Code of medical and sanitary regulations for the guidance of medical officers serving in the Madras Presidency - Volume II
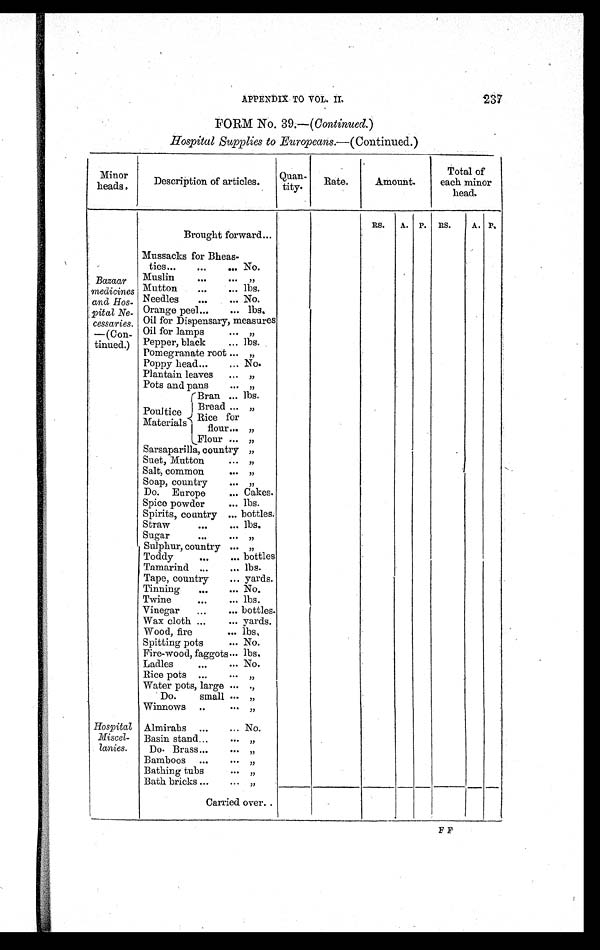
APPENDIX TO VOL. II.
237
FORM No. 39.—( Continued.)
Hospital Supplies to Europeans.—(Continued.)
Minor
heads.
Description of articles.
Quan-
tity.
Rate.
Amount.
Total of
each minor
head.
RS.
A.
P.
RS.
A. P.
Brought forward ...
Bazaar
medicines
and Hos-
pital Ne-
cessaries.
—(Con-
tinued.)
Mussacks for Bheas-
ties ...
...
... No.
Muslin
...
...
„
Mutton
...
... lbs.
Needles
...
... No.
Orange peel ...
... lbs.
Oil for Dispensary, measures
Oil for lamps
... „
Pepper, black
... lbs.
Pomegranate root ... „
Poppy head ...
... No.
Plantain leaves
... „
Pots and pans
... „
Poultice
Materials
Bran ... lbs.
Bread ... „
Rice for
flour ... „
Flour ... „
Sarsaparilla, country „
Suet, Mutton
...
„
Salt, common
... „
Soap, country
...
„
Do. Europe
... Cakes.
Spice powder
... lbs.
Spirits, country ... bottles.
Straw
...
... lbs.
Sugar
...
...
„
Sulphur, country ...
„
Toddy
...
... bottles
Tamarind ...
... lbs.
Tape, country
... yards.
Tinning
...
... No.
Twine
...
... lbs.
Vinegar
...
... bottles.
Wax cloth ...
... yards.
Wood, fire
... lbs.
Spitting pots
... No.
Fire-wood, faggots ... lbs.
Ladles
...
... No.
Rice pots ...
...
„
Water pots, large ...
„
Do. small ... „
Winnows ..
... „
Hospital
Miscel-
lanies.
Almirahs ...
... No.
Basin stand ...
...
„
Do. Brass ...
... „
Bamboos ...
...
„
Bathing tubs
...
„
Bath bricks ...
... „
Carried over ..
F F